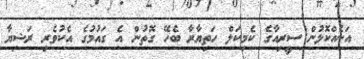
އަނެއްކޮޅުން ސީރިއާގެ ކެމިކަލް ހަތިޔާރާ ބެހޭ ގޮތުން އެ ގައުމުގެ އެކުވެރި ރަޝިޔާ